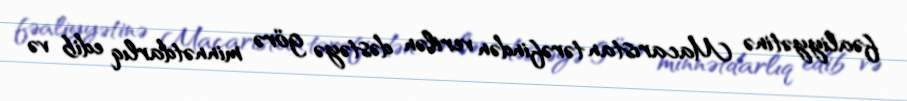
fəaliyyətinə Macarıstan tərəfindən verilən dəstəyə görə minnətdarlıq edib və